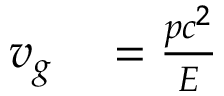
\begin{array} { r l } { v _ { g } } & { { } = { \frac { p c ^ { 2 } } { E } } } \end{array}